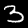
Label: 3